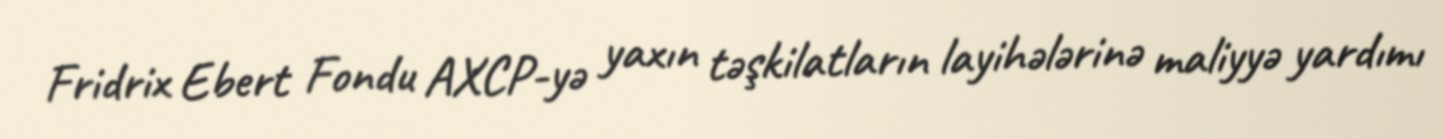
Fridrix Ebert Fondu AXCP-yə yaxın təşkilatların layihələrinə maliyyə yardımı